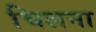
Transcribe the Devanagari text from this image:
चिलना